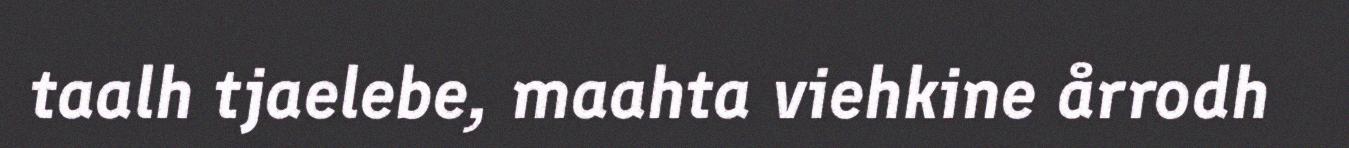
taalh tjaelebe, maahta viehkine årrodh